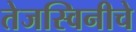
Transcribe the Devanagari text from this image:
तेजस्विनीचे